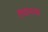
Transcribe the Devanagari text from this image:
तयाच्या